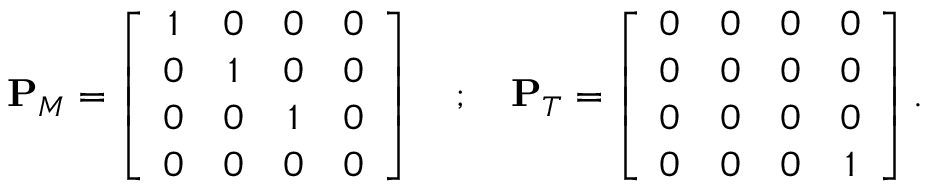
\begin{array} { r } { \mathbf { P } _ { M } = \left[ \begin{array} { c c c c } { 1 } & { 0 } & { 0 } & { 0 } \\ { 0 } & { 1 } & { 0 } & { 0 } \\ { 0 } & { 0 } & { 1 } & { 0 } \\ { 0 } & { 0 } & { 0 } & { 0 } \end{array} \right] ~ ~ ~ ; ~ ~ ~ \mathbf { P } _ { T } = \left[ \begin{array} { c c c c } { 0 } & { 0 } & { 0 } & { 0 } \\ { 0 } & { 0 } & { 0 } & { 0 } \\ { 0 } & { 0 } & { 0 } & { 0 } \\ { 0 } & { 0 } & { 0 } & { 1 } \end{array} \right] . } \end{array}